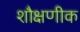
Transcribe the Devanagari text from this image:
शौक्षणीक